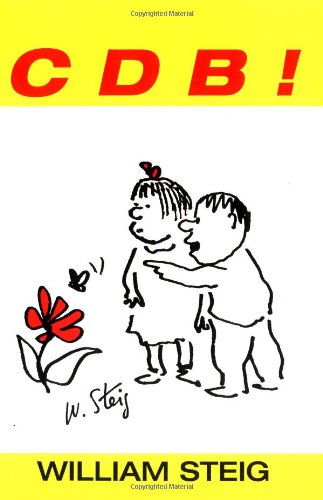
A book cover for C D B!; William Steig; Children's Books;